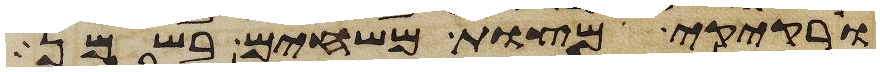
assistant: ורקיקי מצות משחים בשמן